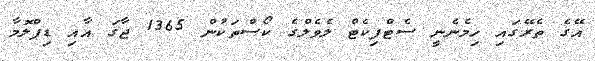
އޭގެ ތެރޭގައި ހިމެނެނީ ސެޓްފިކެޓް ލެވެލްގެ ކޯސްތަކުން 1365 ޖާގަ އާއި ޑިޕްލޮމާ